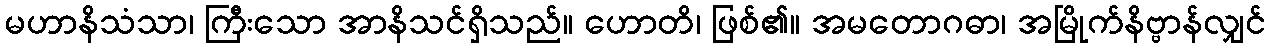
မဟာနိသံသာ၊ ကြီးသော အာနိသင်ရှိသည်။ ဟောတိ၊ ဖြစ်၏။ အမတောဂဓာ၊ အမြိုက်နိဗ္ဗာန်လျှင်